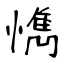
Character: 懏